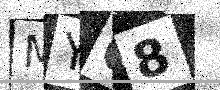
Text: MYQ8